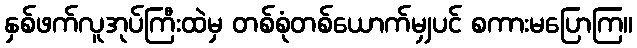
နှစ်ဖက်လူအုပ်ကြီးထဲမှ တစ်စုံတစ်ယောက်မျှပင် စကားမပြောကြ။